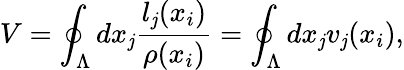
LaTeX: V=\oint_{\Lambda}dx_{\mathit{j}}\frac{{l_{\mathit{j}}(x_{i})}}{{\rho(x_{i})}}=\oint_{\Lambda}dx_{\mathit{j}}v_{\mathit{j}}(x_{i}),